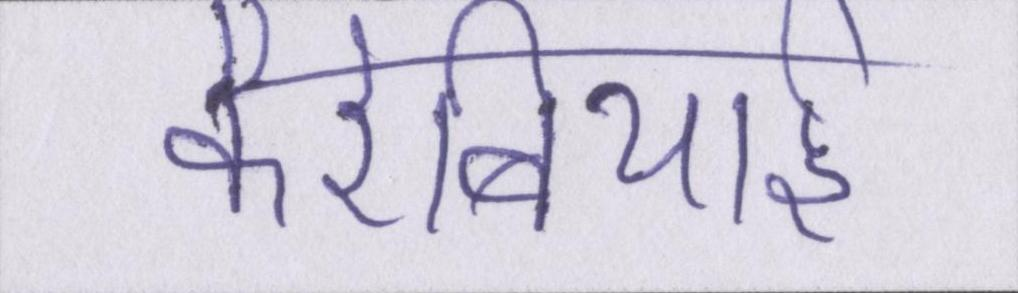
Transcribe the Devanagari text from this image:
कैरेबियाई